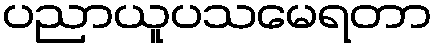
ပညာယူပသမေရတာ